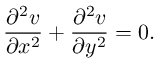
\frac { \partial ^ { 2 } v } { \partial x ^ { 2 } } + \frac { \partial ^ { 2 } v } { \partial y ^ { 2 } } = 0 .